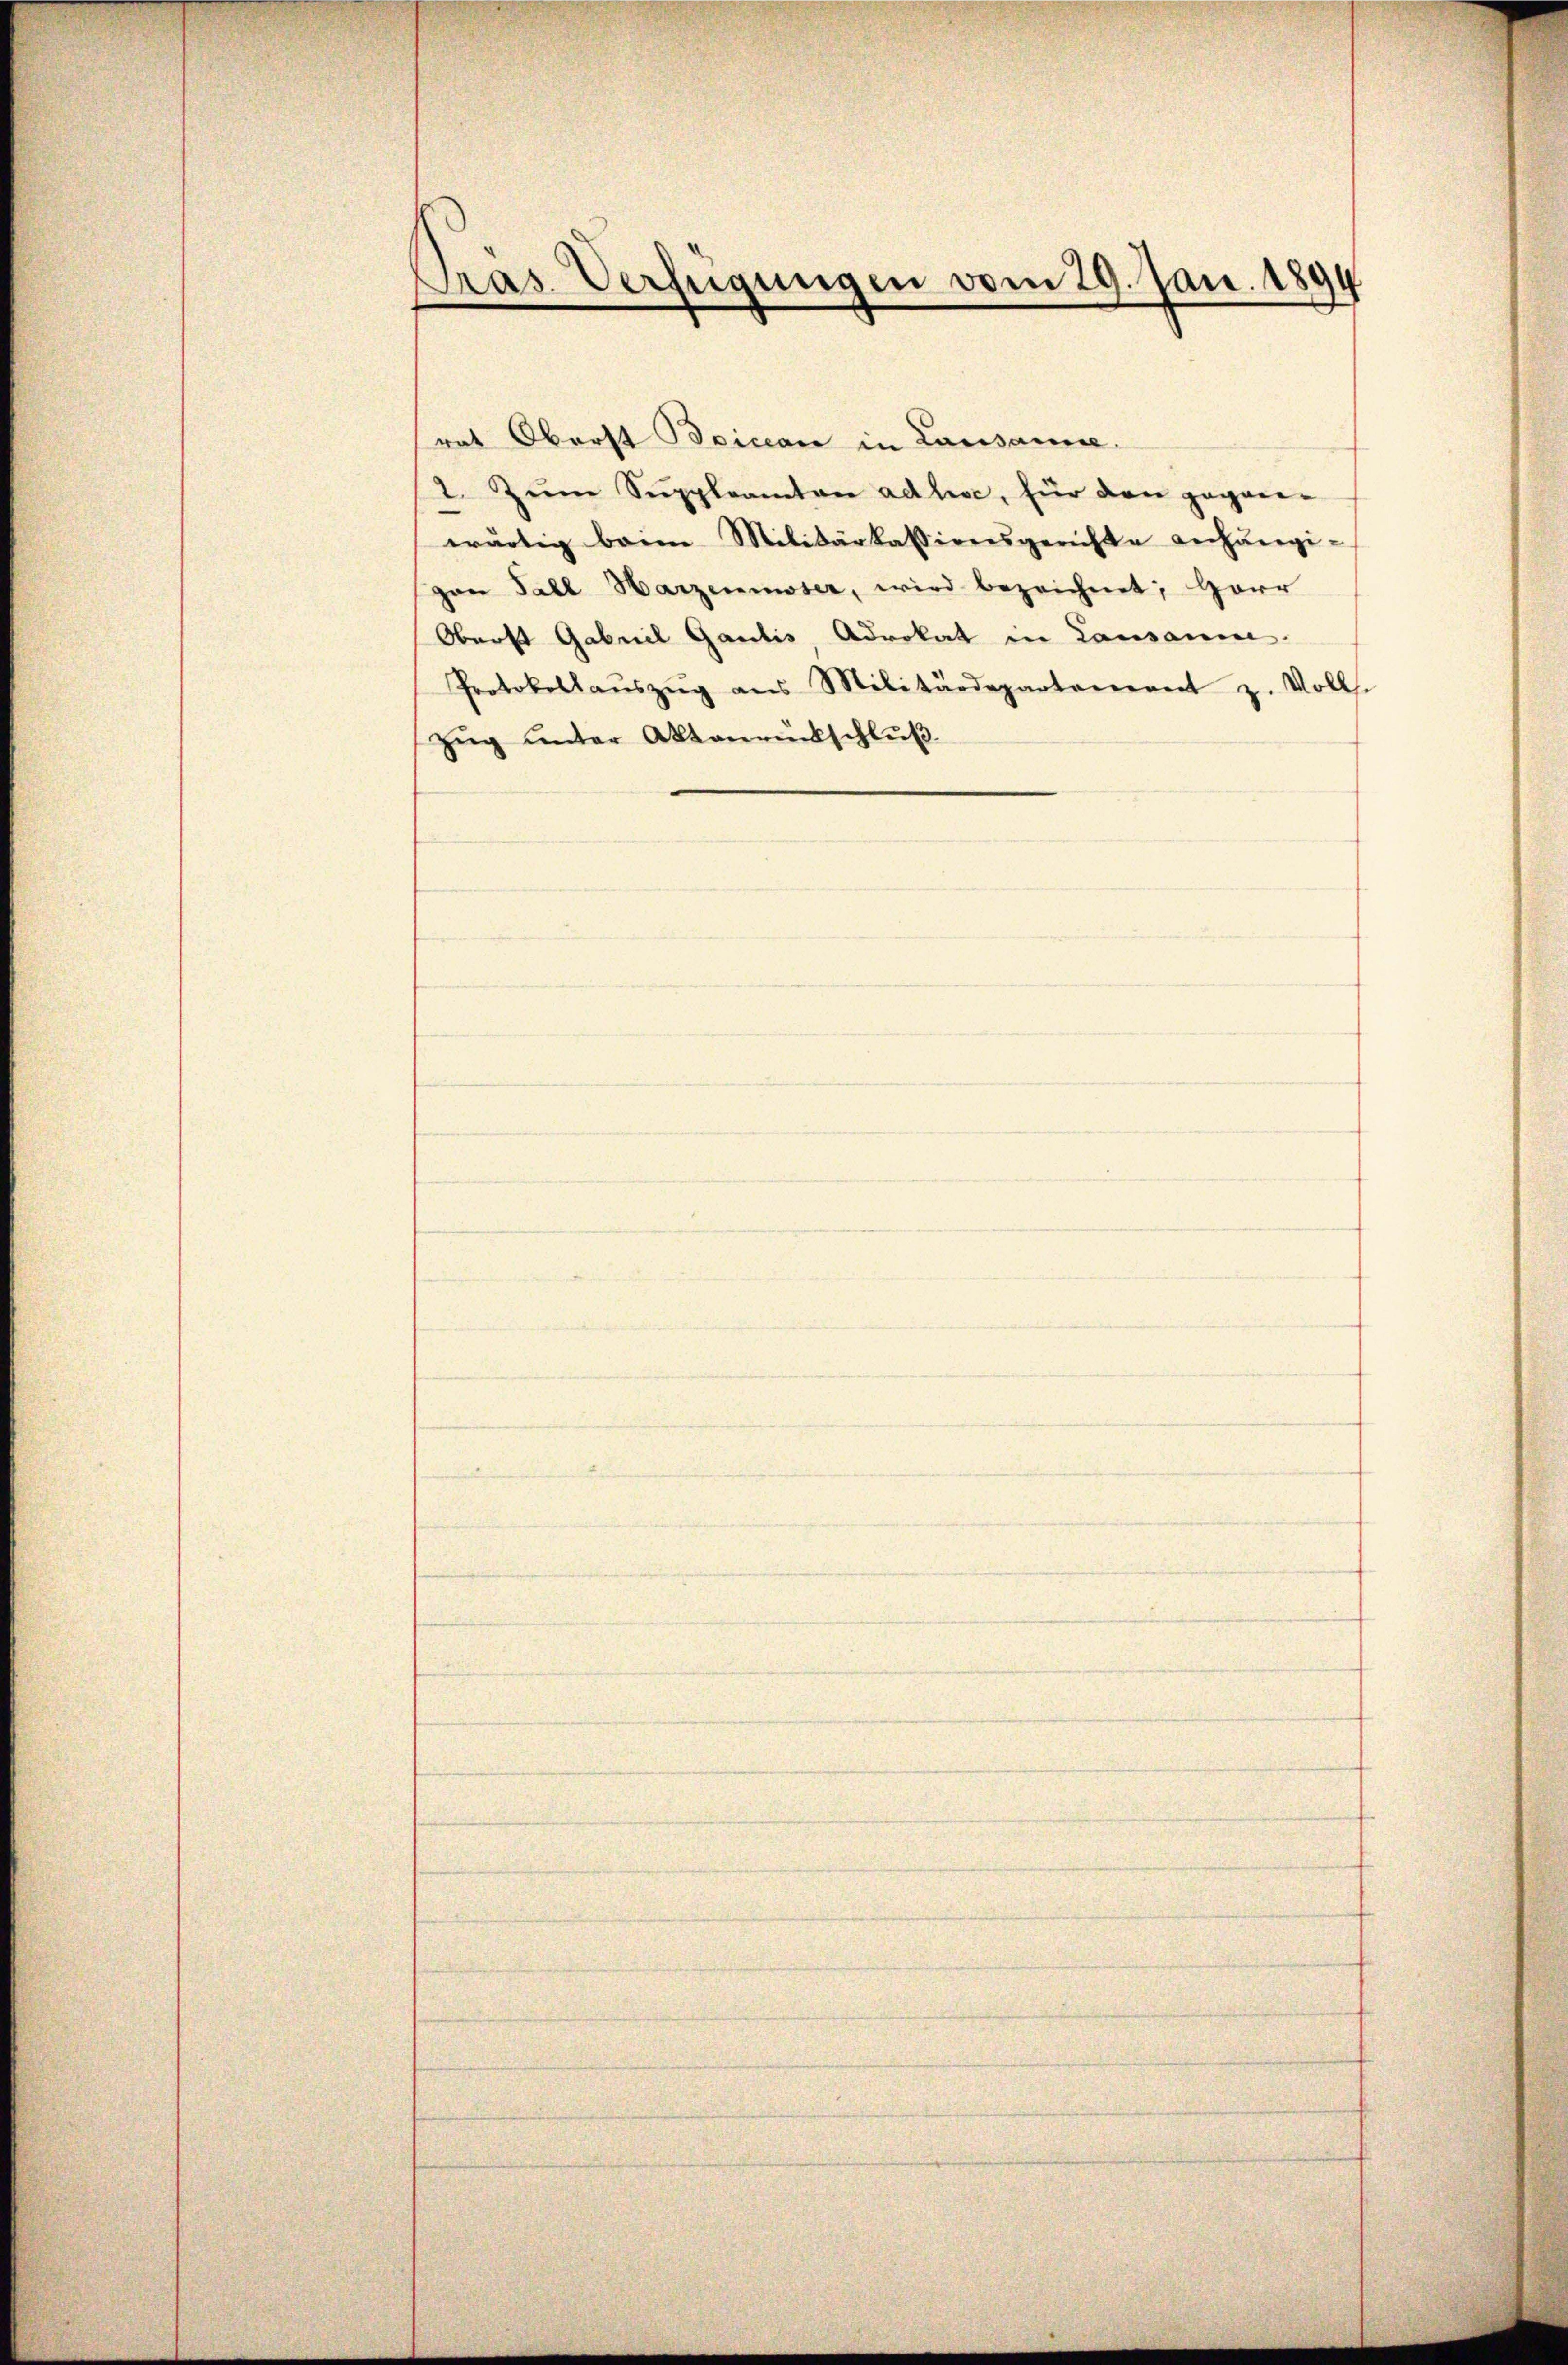
Pras. Verfügungen vom 29. Jan. 1894
¬

rat Oberst Beician in Lausanne.
2. Zum Suppleamten adhive, für den gegen-
wärtig beim Militärkassionsgerichte anhängi-
gan Fall Harzenmoser, wird bezeichnet, Herr
Oberst Gabriel Gantis, Advokat in Lausanen.
Protokollaŭszŭg ans Militärdepartement z. Volls.
Zŭg ŭnter Aktenrückschluß